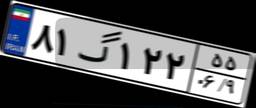
۹۸گ۲۴۰۹۸